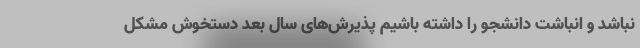
نباشد و انباشت دانشجو را داشته باشیم پذیرش‌های سال بعد دستخوش مشکل